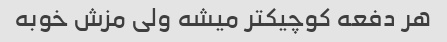
هر دفعه کوچیکتر میشه ولی مزش خوبه